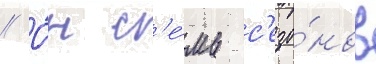
// О́н с'е́мь с'езо́нов